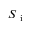
S _ { \mathrm { ~ i ~ } }